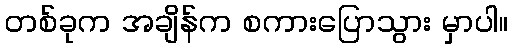
တစ်ခုက အချိန်က စကားပြောသွား မှာပါ။